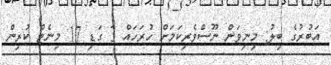
އަބުރުގެ ބިލު: މިނިވަން ނޫސްވެރިކަމަށް ހުރަހައް 3 ގަޑި 17 މިނެޓް ކުރިން